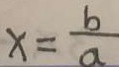
x = \frac { b } { a }